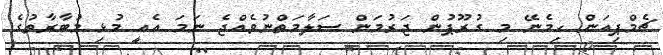
ޗެމްޕިއަން ހިމެނޭ މި ގުރޫޕުން ޖަރުމަން ސަލާމަތްނުވެއްޖެ ނަމަ އެއީ މުޅި މުބާރާތުގެ